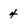
Character: 4